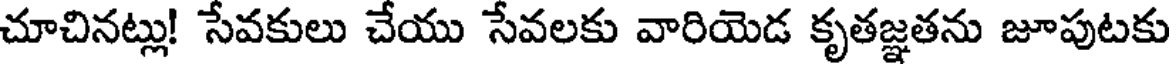
చూచినట్లు! సేవకులు చేయు సేవలకు వారియెడ కృతజ్ఞతను జూపుటకు